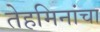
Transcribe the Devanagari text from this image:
तेहमिनांचा